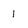
Character: 1